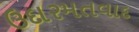
ઉદારમતવાદ